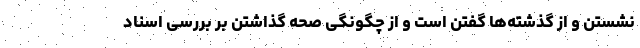
نشستن و از گذشته‌ها گفتن است و از چگونگی صحه گذاشتن بر بررسی اسناد